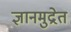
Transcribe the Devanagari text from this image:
ज्ञानमुद्रेत